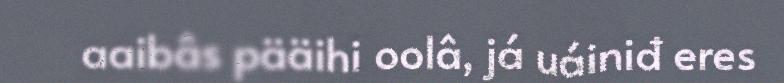
aaibâs pääihi oolâ, já uáiniđ eres